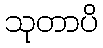
သုတာပိ